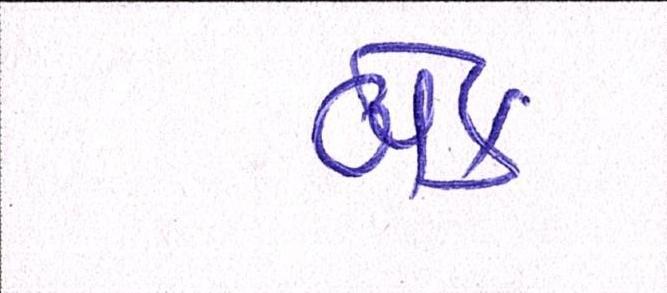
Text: બેક